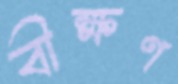
বীক্ষণ